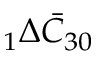
\phantom { } _ { 1 } \Delta \bar { C } _ { 3 0 }